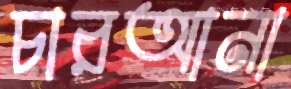
চারআনা